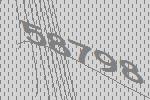
58798